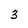
Character: 3